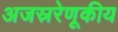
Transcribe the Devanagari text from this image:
अजस्ररेणूकीय